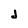
Character: j